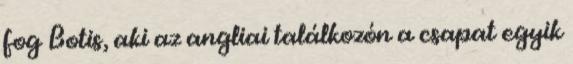
fog Botis, aki az angliai találkozón a csapat egyik